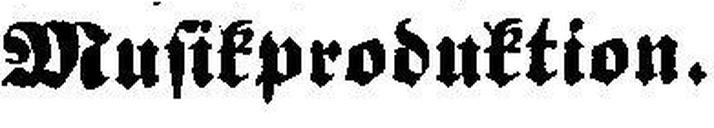
Musikproduktion.